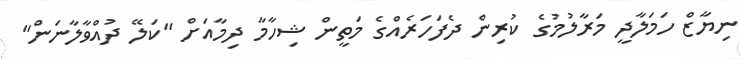
ނިޔާޒް ހަމަލާދީ މަރާލުމުގެ ކުރިން ދެފަހަރެއްގެ މަތީން ޝިހާމާ ދިމާއަށް "ކަލޭ ދުއްވާލާނަން"